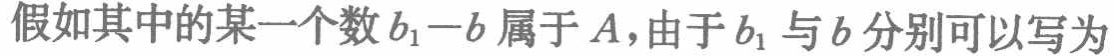
假如其中的某一个数\(b_{1}-b\)属于\(A\)，由于\(b_{1}\)与\(b\)分别可以写为